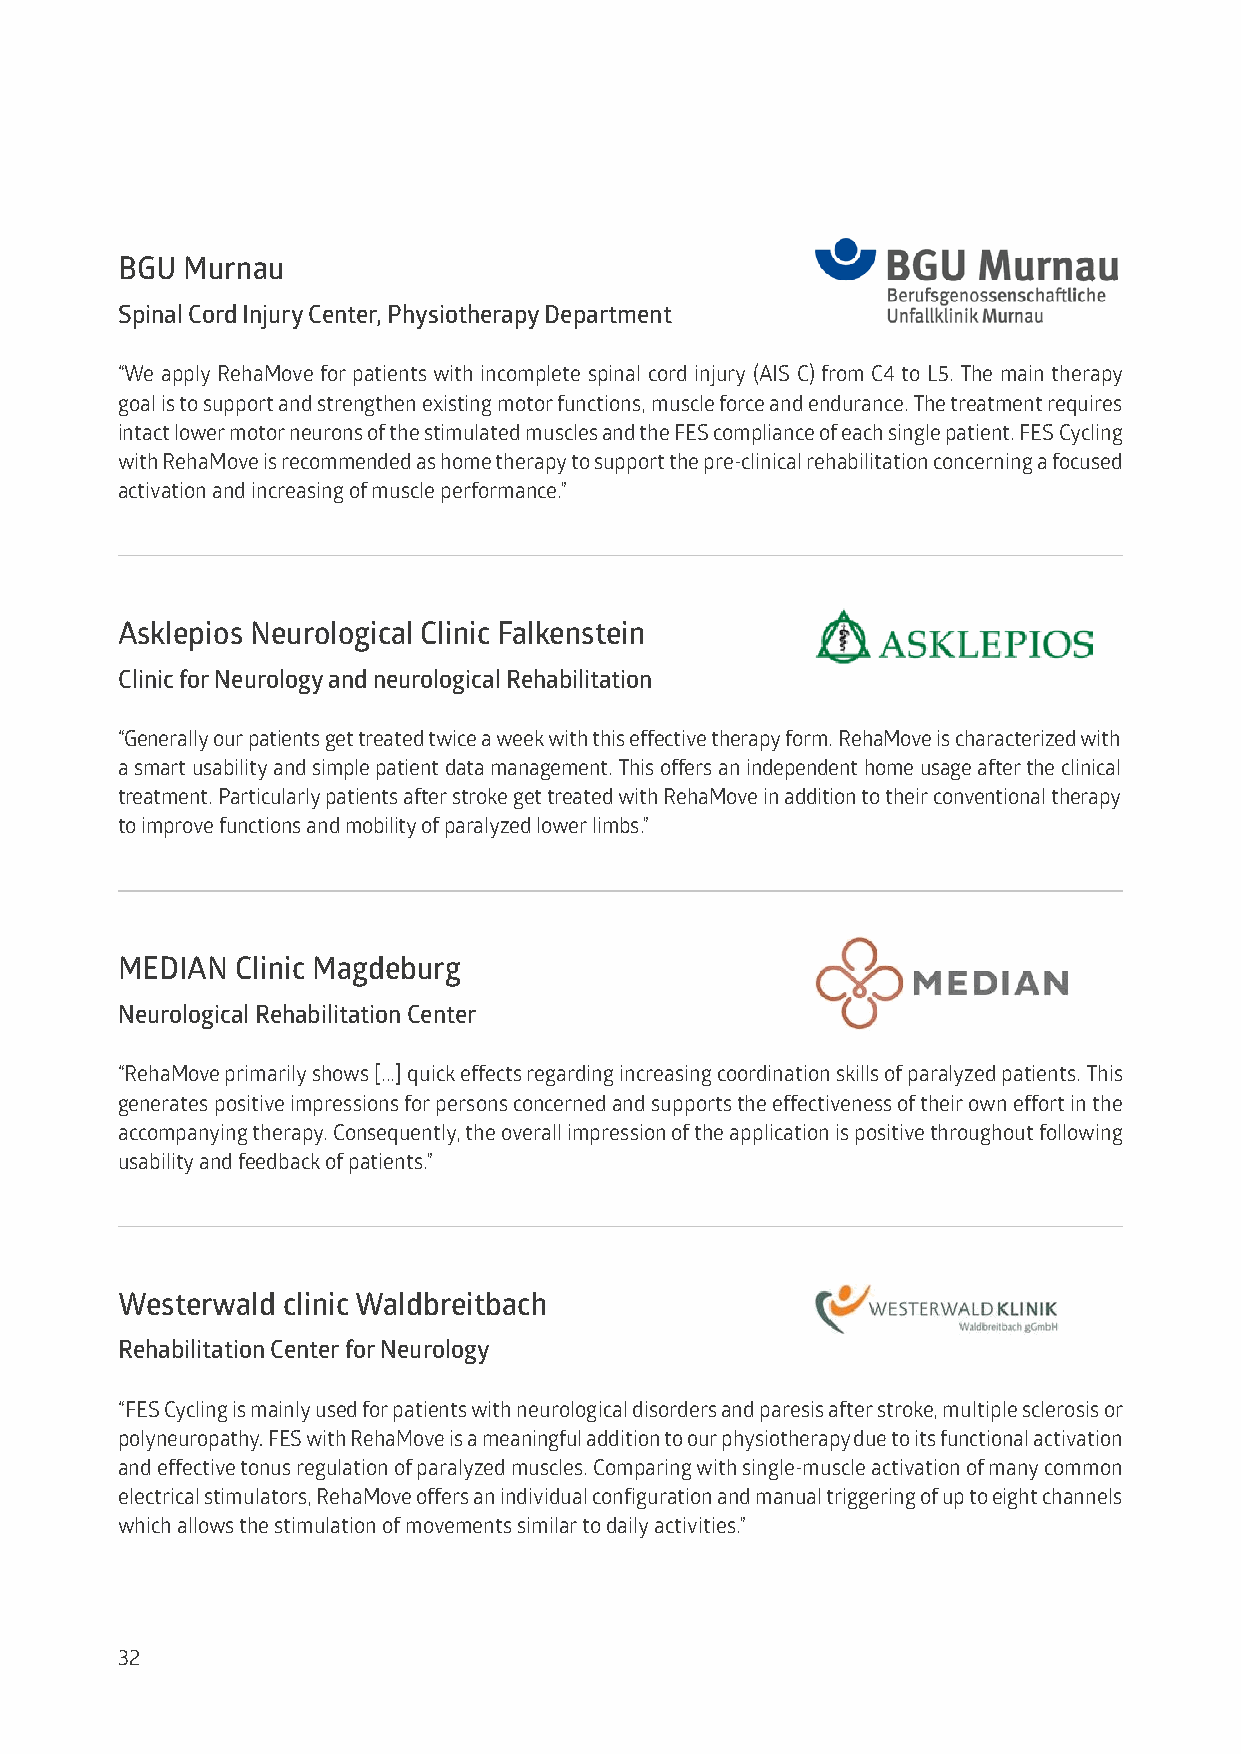
BGU Murnau
 Spinal Cord Injury Center, Physiotherapy Department
 “We apply RehaMove for patients with incomplete spinal cord injury (AIS C) from C4 to L5. The main therapy
 goal is to support and strengthen existing motor functions, muscle force and endurance. The treatment requires
 intact lower motor neurons of the stimulated muscles and the FES compliance of each single patient. FES Cycling
 with RehaMove is recommended as home therapy to support the pre-clinical rehabilitation concerning a focused
 activation and increasing of muscle performance.”
 Asklepios Neurological Clinic Falkenstein
 Clinic for Neurology and neurological Rehabilitation
 “Generally our patients get treated twice a week with this effective therapy form. RehaMove is characterized with
 a smart usability and simple patient data management. This offers an independent home usage after the clinical
 treatment. Particularly patients after stroke get treated with RehaMove in addition to their conventional therapy
 to improve functions and mobility of paralyzed lower limbs.”
 MEDIAN  Clinic Magdeburg
 Neurological Rehabilitation Center
 “RehaMove primarily shows [...] quick effects regarding increasing coordination skills of paralyzed patients. This
 generates positive impressions for persons concerned and supports the effectiveness of their own effort in the
 accompanying therapy. Consequently, the overall impression of the application is positive throughout following
 usability and feedback of patients.”
 Westerwald clinic Waldbreitbach
 Rehabilitation Center for Neurology
 “FES Cycling is mainly used for patients with neurological disorders and paresis after stroke, multiple sclerosis or
 polyneuropathy. FES with RehaMove is a meaningful addition to our physiotherapy due to its functional activation
 and effective tonus regulation of paralyzed muscles. Comparing with single-muscle activation of many common
 electrical stimulators, RehaMove offers an individual configuration and manual triggering of up to eight channels
 which allows the stimulation of movements similar to daily activities.”
 32